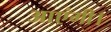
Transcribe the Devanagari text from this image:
आएंगी।